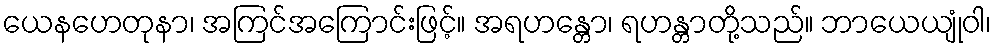
ယေနဟေတုနာ၊ အကြင်အကြောင်းဖြင့်။ အရဟန္တော၊ ရဟန္တာတို့သည်။ ဘာယေယျုံဝါ၊